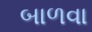
બાળવા